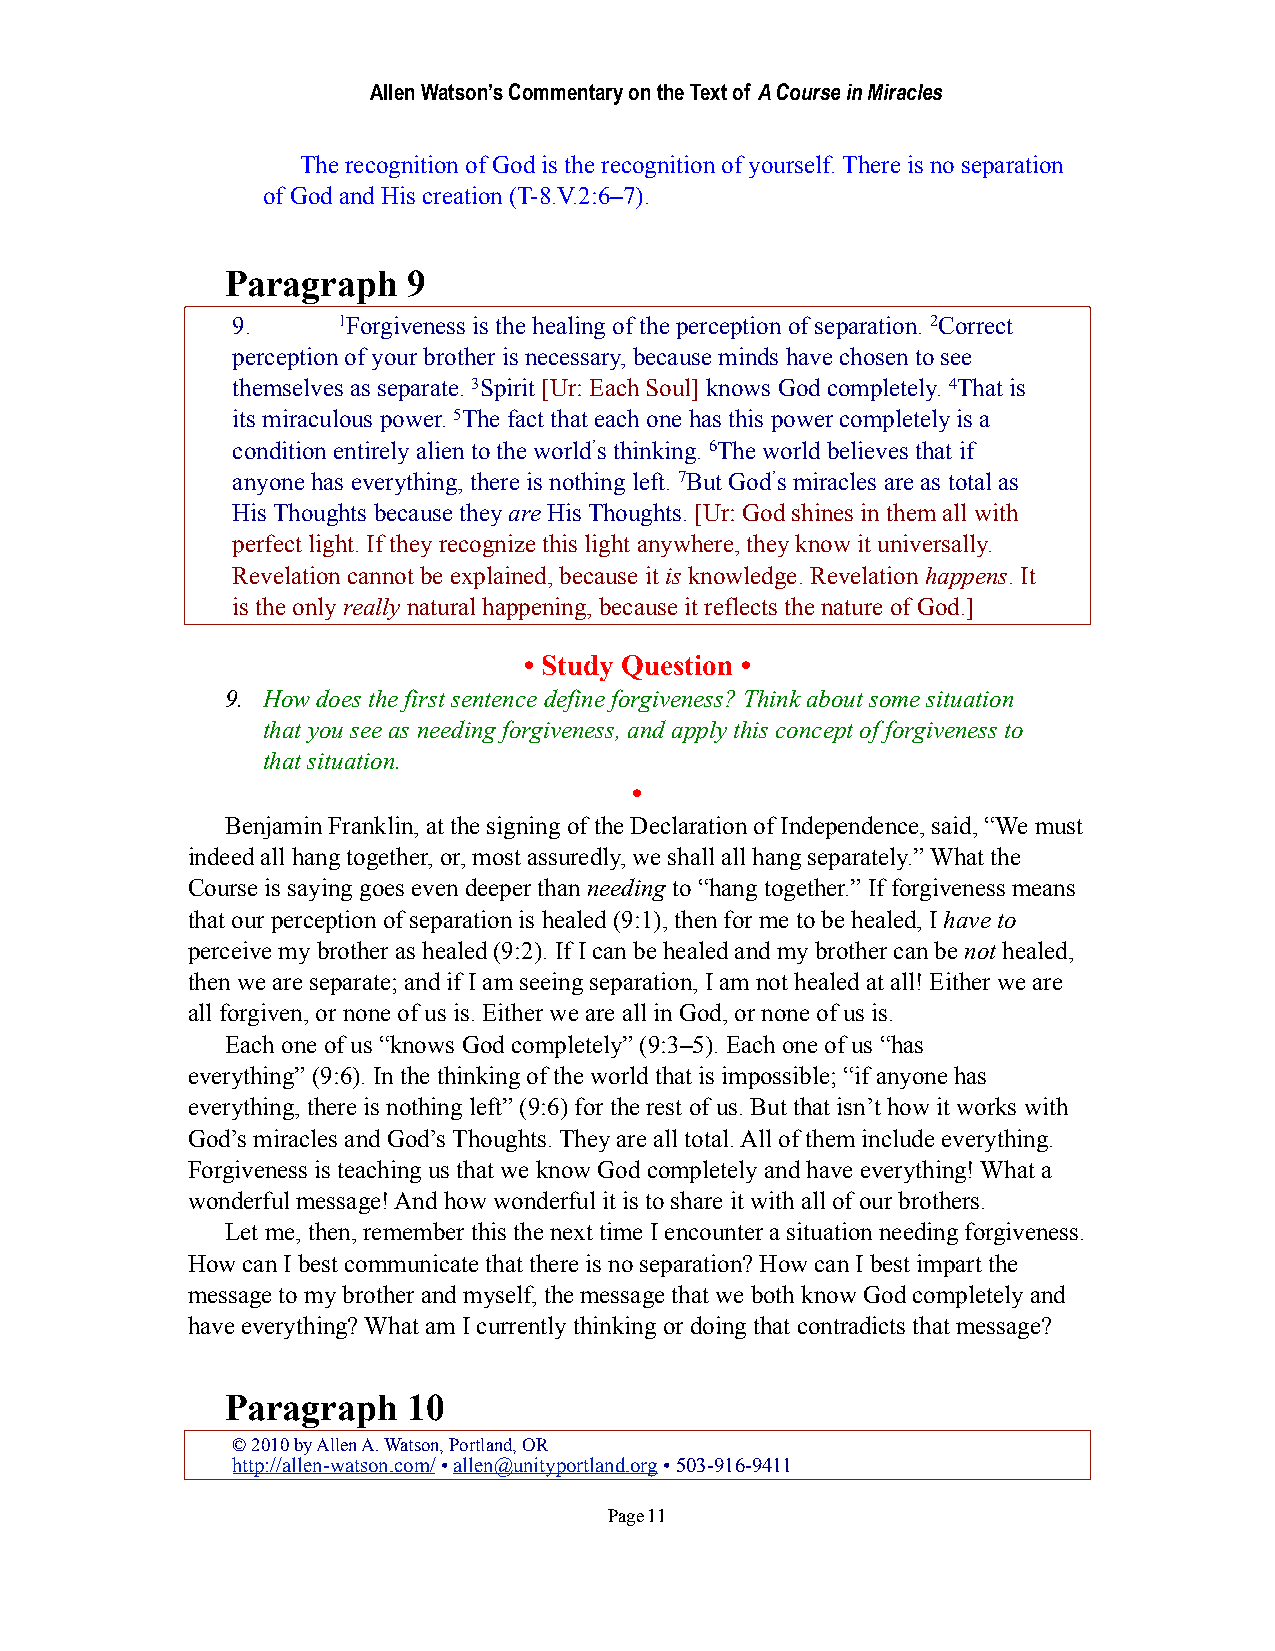
Allen Watson’s Commentary on the Text of A Course in Miracles
 The recognition of God is the recognition of yourself. There is no separation
 of God and His creation (T-8.V.2:6–7).
 Paragraph   9
 9.     1Forgiveness is the healing of the perception of separation. 2Correct
 perception of your brother is necessary, because minds have chosen to see
 themselves as separate. 3Spirit [Ur: Each Soul] knows God completely. 4That is
 its miraculous power. 5The fact that each one has this power completely is a
 condition entirely alien to the world’s thinking. 6The world believes that if
 anyone has everything, there is nothing left. 7But God’s miracles are as total as
 His Thoughts because they are His Thoughts. [Ur: God shines in them all with
 perfect light. If they recognize this light anywhere, they know it universally.
 Revelation cannot be explained, because it is knowledge. Revelation happens. It
 is the only really natural happening, because it reflects the nature of God.]
 • Study Question •
 9. How does the first sentence define forgiveness? Think about some situation
 that you see as needing forgiveness, and apply this concept of forgiveness to
 that situation.
 •
 Benjamin Franklin, at the signing of the Declaration of Independence, said, “We must
 indeed all hang together, or, most assuredly, we shall all hang separately.” What the
 Course is saying goes even deeper than needing to “hang together.” If forgiveness means
 that our perception of separation is healed (9:1), then for me to be healed, I have to
 perceive my brother as healed (9:2). If I can be healed and my brother can be not healed,
 then we are separate; and if I am seeing separation, I am not healed at all! Either we are
 all forgiven, or none of us is. Either we are all in God, or none of us is.
 Each one of us “knows God completely” (9:3–5). Each one of us “has
 everything” (9:6). In the thinking of the world that is impossible; “if anyone has
 everything, there is nothing left” (9:6) for the rest of us. But that isn’t how it works with
 God’s miracles and God’s Thoughts. They are all total. All of them include everything.
 Forgiveness is teaching us that we know God completely and have everything! What a
 wonderful message! And how wonderful it is to share it with all of our brothers.
 Let me, then, remember this the next time I encounter a situation needing forgiveness.
 How can I best communicate that there is no separation? How can I best impart the
 message to my brother and myself, the message that we both know God completely and
 have everything? What am I currently thinking or doing that contradicts that message?
 Paragraph   10
 © 2010 by Allen A. Watson, Portland, OR
 http://allen-watson.com/ • allen@unityportland.org • 503-916-9411
 Page 11